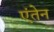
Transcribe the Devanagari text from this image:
एंतेन